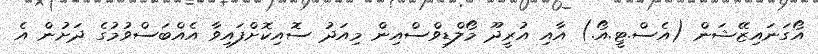
އޯގަނައިޒޭޝަން (އެސް.ޓީ.އޯ.) އާއި އުރީދޫ މޯލްޑިވްސްއިން މިއަދު ސޮއިކޮށްފައިވާ އެއްބަސްވުމުގެ ދަށުން އެ